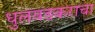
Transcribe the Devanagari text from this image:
धुलवडकराचा